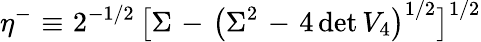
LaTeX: \eta^{-}\, \, {\equiv}\, \, 2^{-1/2}\, \big[\Sigma\, \, {-}\, \, \big(\Sigma^{2}\, \, {-}\, \, 4\, \textup{det}\, V_{4}\big)^{1/2}\big]^{1/2}